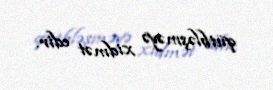
qütbləşməyə xidmət edir.